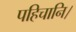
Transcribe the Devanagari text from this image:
पहिचानि।